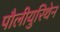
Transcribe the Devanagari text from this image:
पौलीयुरिथेन